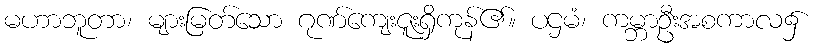
မဟာဘူတာ၊ များမြတ်သော ဂုဏ်ကျေးဇူးရှိကုန်၏။ ပဌမံ၊ ကမ္ဘာဦးအစကာလ၌